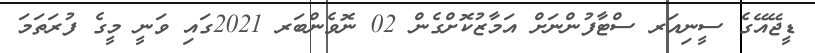
ޑީޖޭއޭގެ ސީނިއަރ ސްޓާފުންނަށް އަމާޒުކޮށްގެން 02 ނޮވެންބަރ 2021ގައި ވަނީ މީގެ ފުރަތަމަ